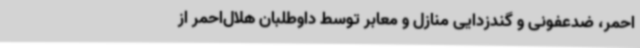
‌احمر، ضدعفونی و گندزدایی منازل و معابر توسط داوطلبان هلال‌احمر از